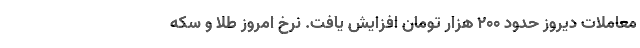
معاملات دیروز حدود ۲۰۰ هزار تومان افزایش یافت. نرخ امروز طلا و سکه